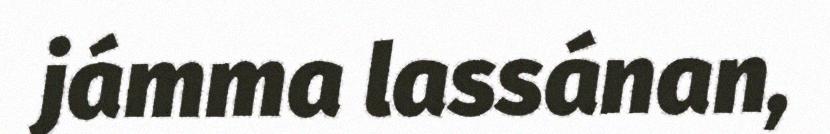
jámma lassánan,